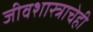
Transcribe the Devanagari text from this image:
जीवशास्त्राचेही